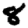
Digit: 8